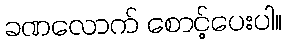
ခဏလောက် စောင့်ပေးပါ။